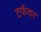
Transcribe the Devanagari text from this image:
टर्फवर